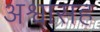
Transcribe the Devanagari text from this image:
अश्वासह